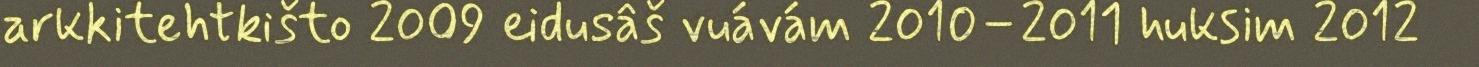
arkkitehtkišto 2009 eidusâš vuávám 2010–2011 huksim 2012